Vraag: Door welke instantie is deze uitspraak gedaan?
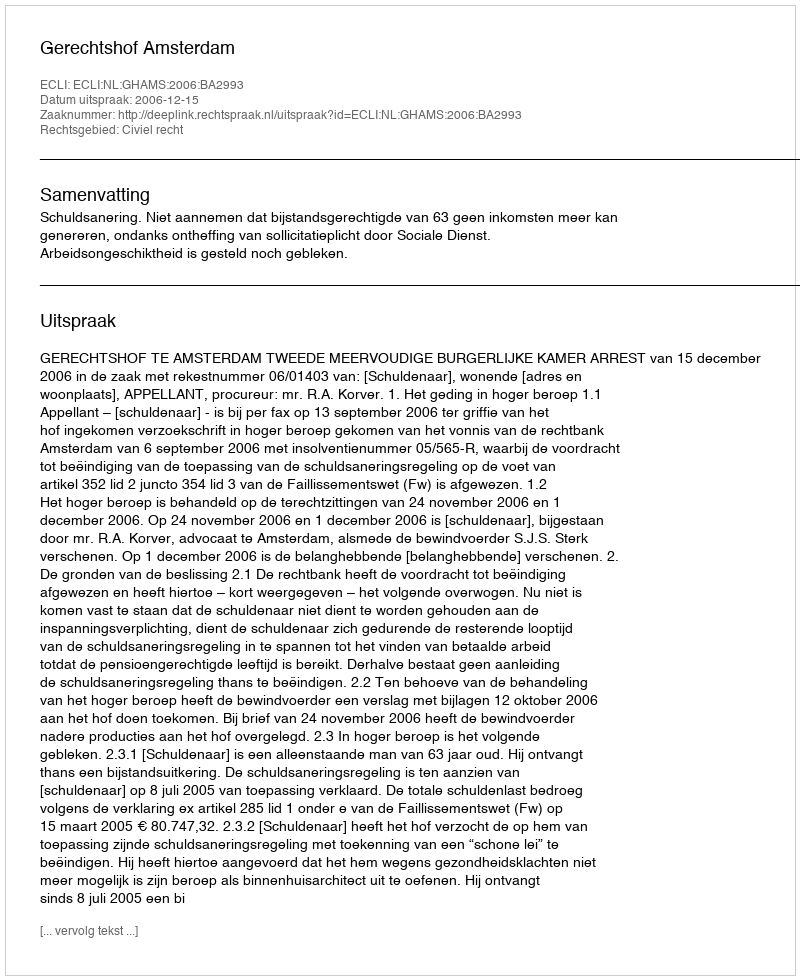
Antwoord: Gerechtshof Amsterdam